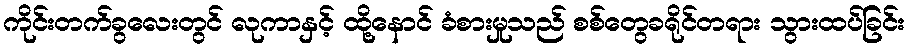
ကိုင်းတက်ခွလေးတွင် လုကာနှင့် ထို့နောင် ခံစားမှုသည် စစ်တွေခရိုင်တရား သွားထပ်ခြင်း